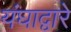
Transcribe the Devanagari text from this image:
यंघाद्वारे